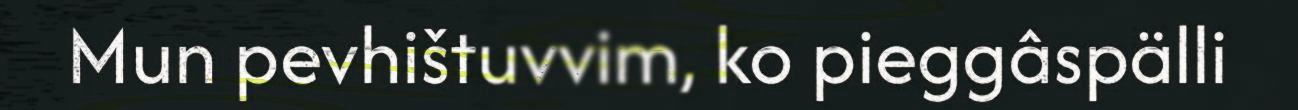
Mun pevhištuvvim, ko pieggâspälli